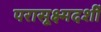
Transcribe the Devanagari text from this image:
परासूक्ष्मदर्शी